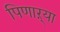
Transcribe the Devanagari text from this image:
पिणाऱ्या